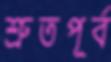
শ্রুতপূর্ব